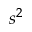
s ^ { 2 }